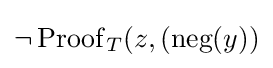
\neg \operatorname {Proof} _{T}(z,{\text{(neg}}(y))